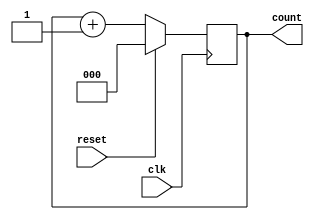
module name(clk,reset,count);
 input clk,reset;
 output reg [2:0]count;

 always @(negedge clk)
 begin 
    if(reset==1'b1)
    begin 
        count<=3'b000;
    end
    else
    begin
        count<=count+1;
    end
 end
endmodule